Civil Veterinary Dept. Bombay admin report 1923-31 - 1923-1931
Year: 1923
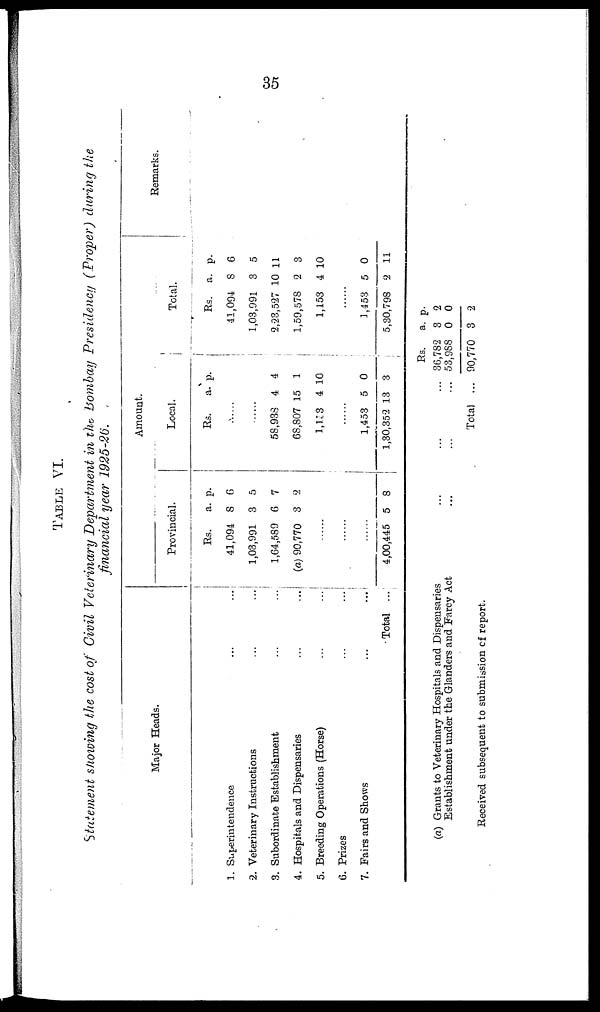
35
TABLE VI.
Statement showing the cost of Civil Veterinary Department in the Bombay Presidency (Proper) during the
financial year 1925-26.
Major Heads.
1. Superintendence
... ...
2. Veterinary Instructions ... ...
3. Subordinate Establishment ... ...
4. Hospitals and Dispensaries
... ...
5. Breeding Operations (Horse)
... ...
6. Prizes
... ...
7. Fairs and Shows
... ...
Total ...
Amount.
Provincial.
Rs.
41,094
1,03,991
1,64,589
(a) 90,770
..
..
..
4,00,445
a.
8
3
6
3
..
..
..
5
p.
6
5
7
2
..
..
..
8
Local.
Rs.
..
..
58,938
68,807
1,133
..
1,453
1,30,352
a.
..
..
4
15
4
..
5
13
p.
..
..
4
1
10
..
0
3
Total.
Rs.
41,094
1,03,991
2,23,527
1,59,578
1,153
..
1,453
5,30,798
a.
8
3
10
2
4
..
5
2
p.
6
5
11
3
10
..
0
11
Remarks.
(a) Grants to Veterinary Hospitals and Dispensaries ... ... ...
Establishment under the Glanders and Farcy Act ... ... ...
Total ...
Received subsequent to submission of report.
Rs.
36,782
53,988
90,770
a.
3
0
3
p.
2
0
2